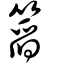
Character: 䈱